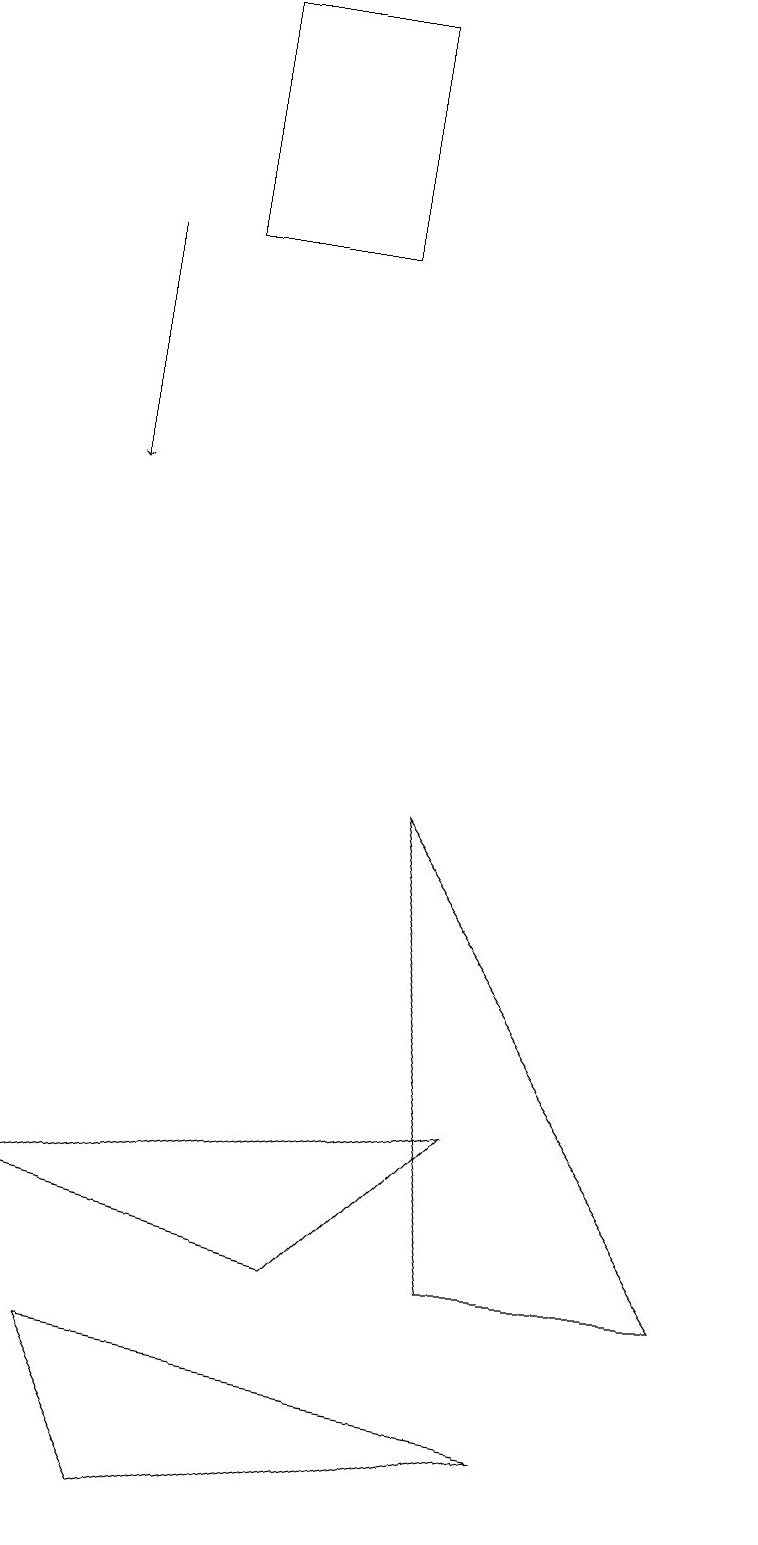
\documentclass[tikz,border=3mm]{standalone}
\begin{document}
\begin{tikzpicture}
\draw (4,19) rectangle (2,16);
\draw (6,5) -- (4,3) -- (0,4) -- cycle;
\draw (6,3) -- (9,3) -- (5,9) -- cycle;
\draw (7,1) -- (1,2) -- (2,0) -- cycle;
\draw[->] (1,16) -- (1,13);
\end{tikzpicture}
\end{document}